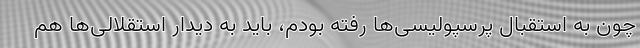
چون به استقبال پرسپولیسی‌ها رفته بودم، باید به دیدار استقلالی‌ها هم